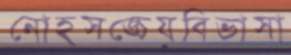
নোহসঙ্চেয়বিভাসা